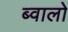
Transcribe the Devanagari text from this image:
ब्वालो